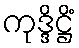
ကုဒ္ဒိဋ္ဌိံ